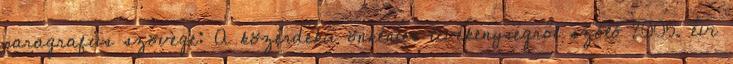
paragrafus szövege: A közérdekű önkéntes tevékenységről szóló 2005. évi